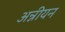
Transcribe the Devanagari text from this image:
अन्नीयन